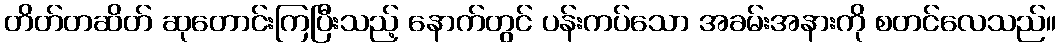
တိတ်တဆိတ် ဆုတောင်းကြပြီးသည့် နောက်တွင် ပန်းကပ်သော အခမ်းအနားကို စတင်လေသည်။